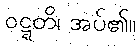
ဝဋ္ဋတိ၊ အပ်၏။